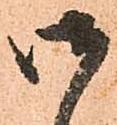
御